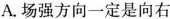
A.场强方向一定是向右